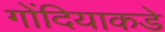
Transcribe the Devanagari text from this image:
गोंदियाकडे